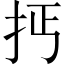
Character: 𢪪